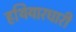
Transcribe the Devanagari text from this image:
हथियारधारी